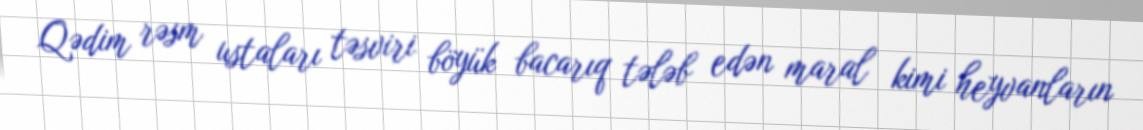
Qədim rəsm ustaları təsviri böyük bacarıq tələb edən maral kimi heyvanların